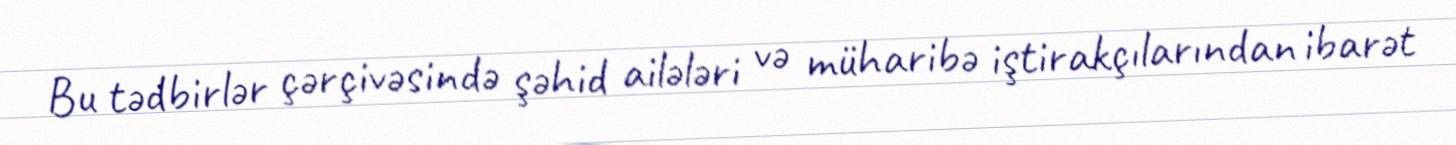
Bu tədbirlər çərçivəsində şəhid ailələri və müharibə iştirakçılarından ibarət